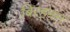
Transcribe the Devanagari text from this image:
बिरहमन